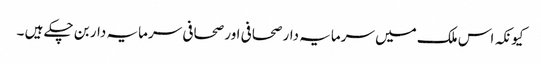
کیونکہ اس ملک میں سرمایہ دار صحافی اور صحافی سرمایہ دار بن چکے ہیں ۔